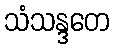
သံသန္ဒတေ